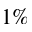
1 \%